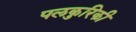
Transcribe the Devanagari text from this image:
पलकुरिकी